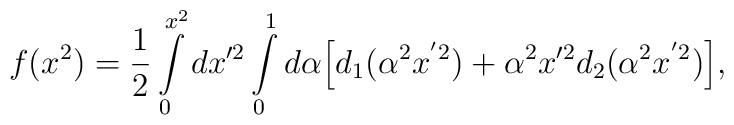
f(x^2)=\frac{1}{2}\int\limits^{x^2}_0dx{'^2}\int\limits^1_0 d\alpha\Big[d_1(\alpha^2 x^{'2})+\alpha^2x{'^2}d_2(\alpha ^2x^{'2})\Big],